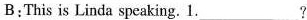
B:This is Linda speaking. 1.___?